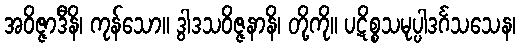
အဝိဇ္ဇာဒီနိ၊ ကုန်သော။ ဒွါဒသဝိဇ္ဇနာနိ၊ တို့ကို။ ပဋိစ္စသမုပ္ပါဒင်္ဂသသေန၊